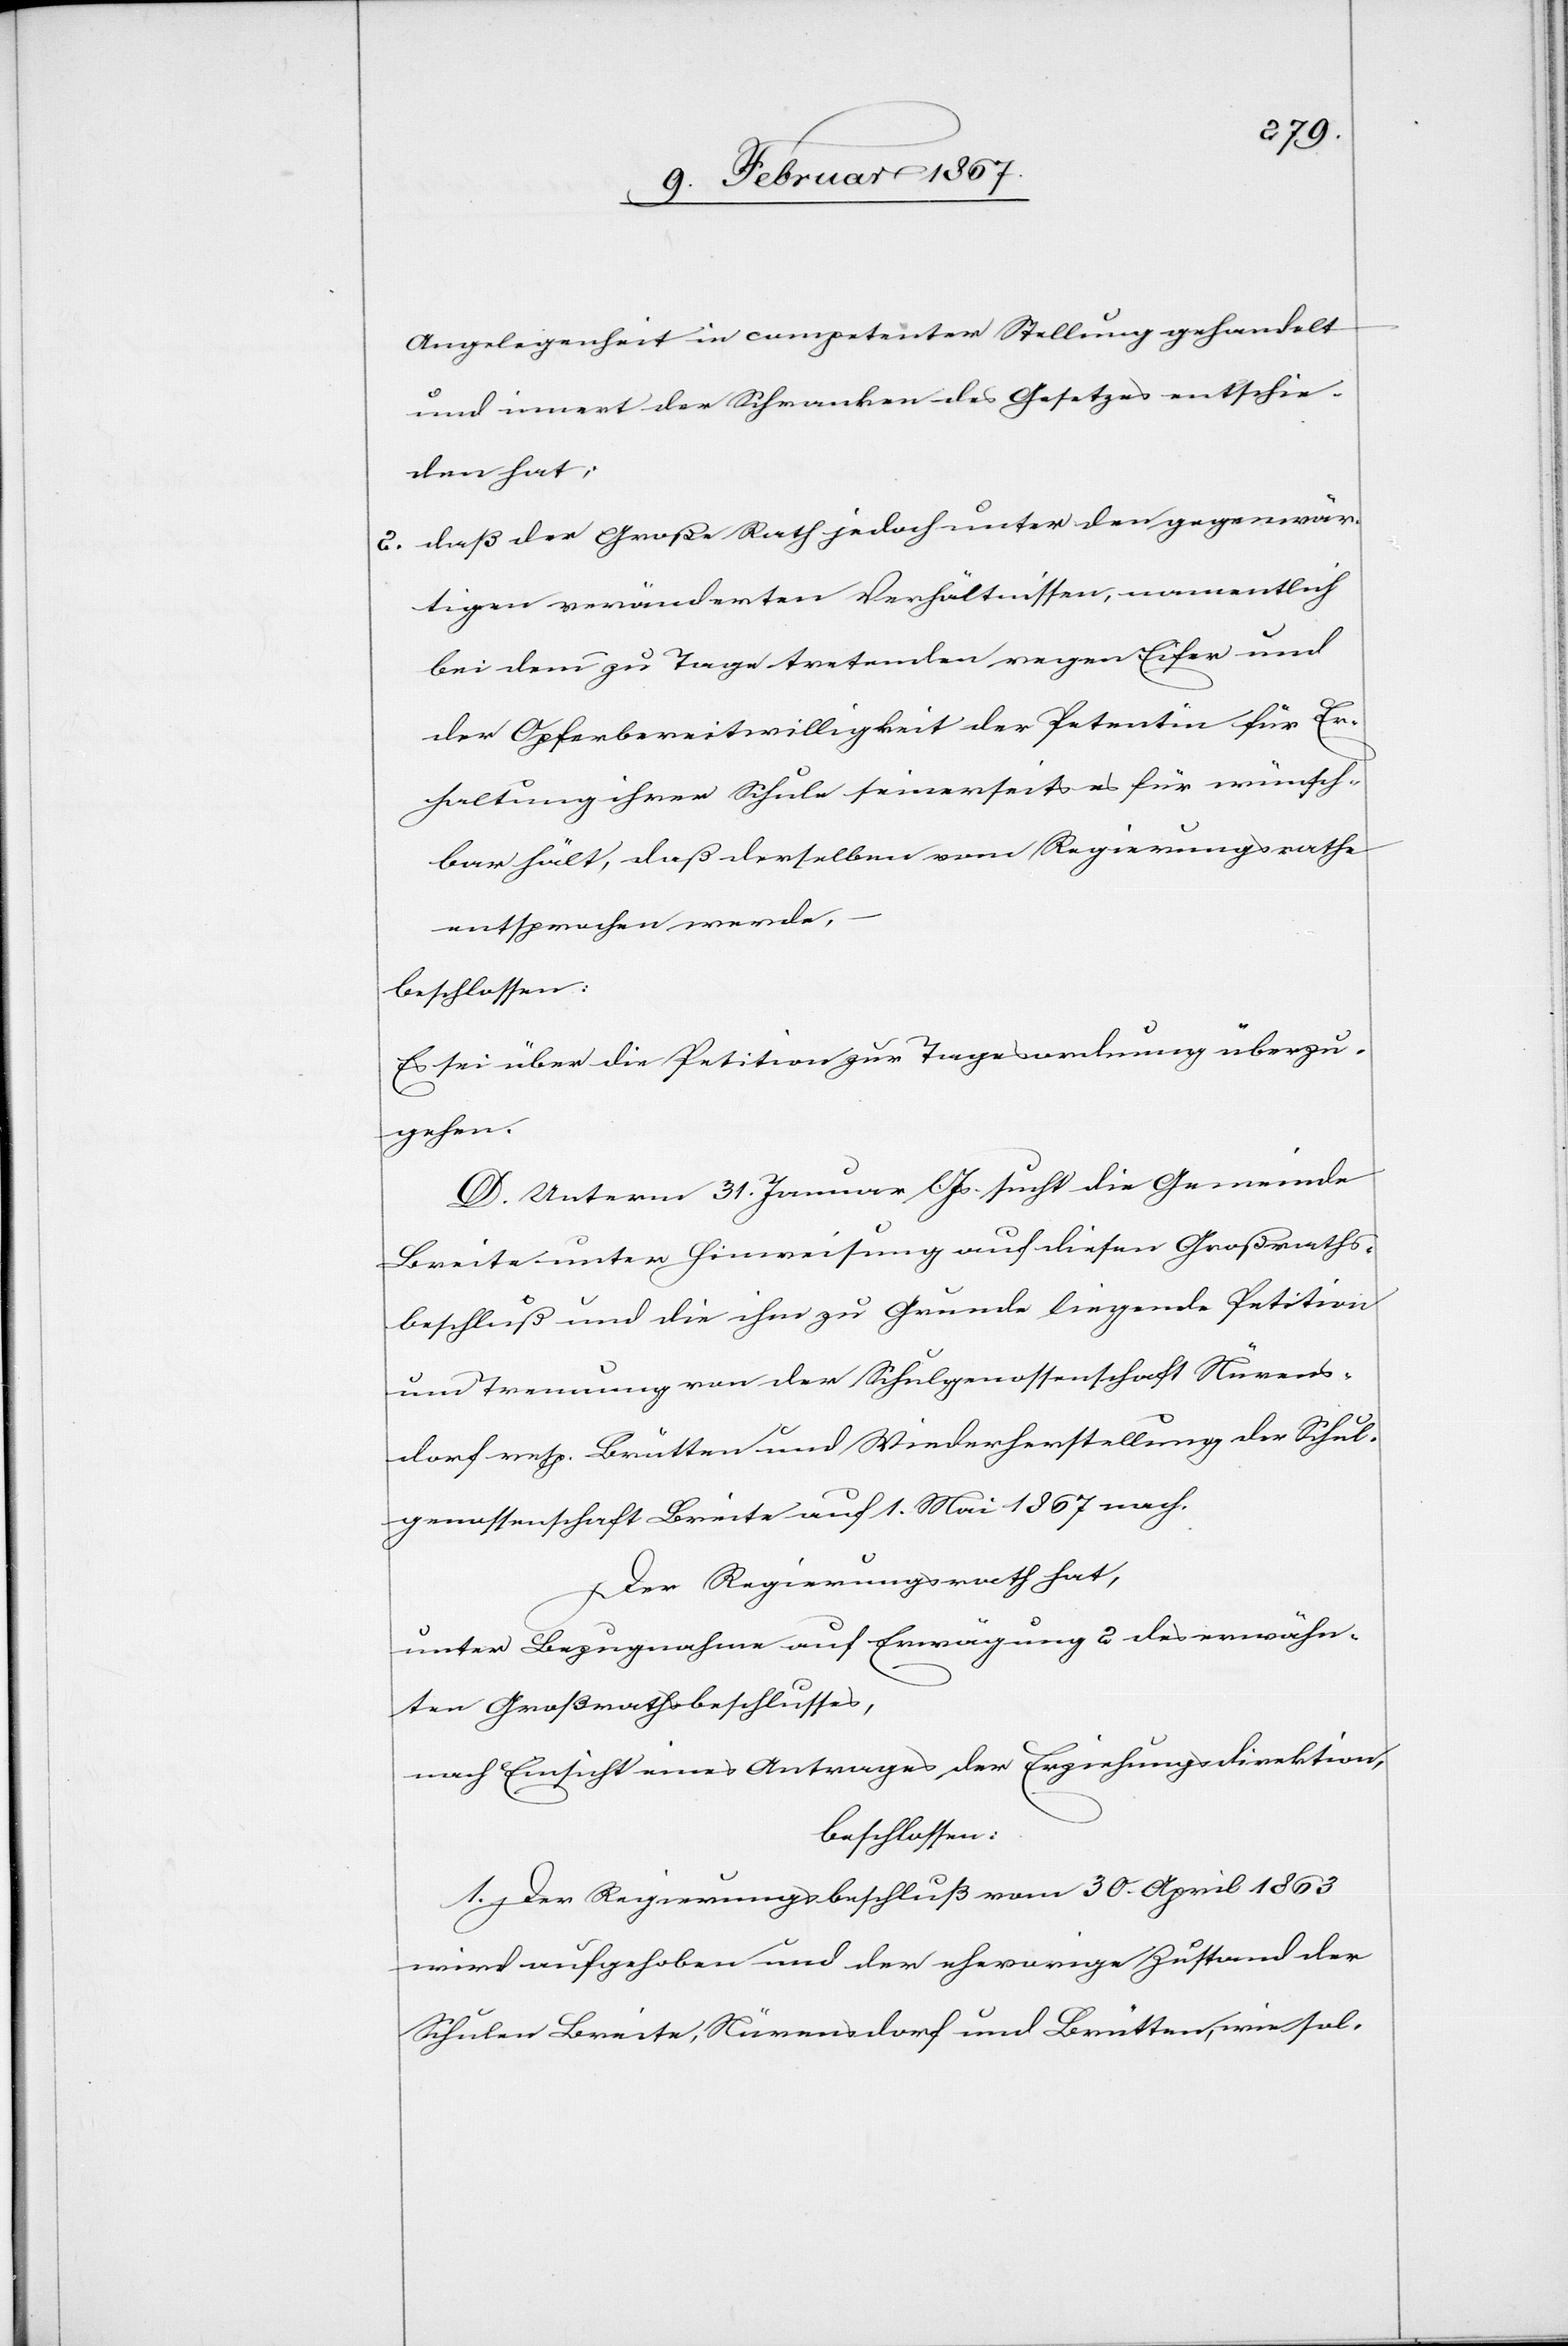
Angelegenheit in competenter Stellung gehandelt
und innert der Schranken des Gesetzes entschie¬
den hat;
2. daß der Große Rath jedoch unter den gegenwär¬
tigen veränderten Verhältnissen, namentlich
bei dem zu Tage tretenden regen Eifer und
der Opferbereitwilligkeit der Petentin für Er¬
haltung ihrer Schule seinerseits es für wünsch¬
bar hält, daß derselben vom Regierungsrathe
entsprochen werde,
beschlossen:
Es sei über die Petition zur Tagesordnung überzu¬
gehen.
D. Unterm 31. Januar l. Js. sucht die Gemeinde
Breite unter Hinweisung auf diesen Großraths¬
beschluß und die ihm zu Grunde liegende Petition
um Trennung von der Schulgenossenschaft Nürens¬
dorf resp. Brütten und Wiederherstellung der Schul¬
genossenschaft Breite auf 1. Mai 1867 nach.
Der Regierungsrath hat,
unter Bezugnahme auf Erwägung 2 des erwähn¬
ten Großrathsbeschlusses,
nach Einsicht eines Antrages der Erziehungsdirektion,
beschlossen:
1. Der Regierungsbeschluß vom 30. April 1863
wird aufgehoben und der ehevorige Zustand der
Schulen Breite, Nürensdorf und Brütten, wie sol-